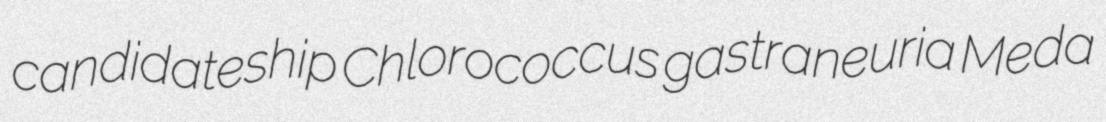
candidateship Chlorococcus gastraneuria Meda